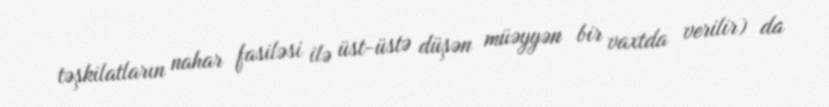
təşkilatların nahar fasiləsi ilə üst-üstə düşən müəyyən bir vaxtda verilir) da